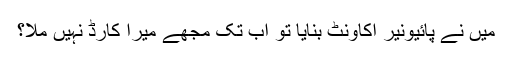
میں نے پائیونیر اکاونٹ بنایا تو اب تک مجھے میرا کارڈ نہیں ملا؟